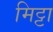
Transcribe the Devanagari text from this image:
मिट्टा